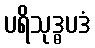
ပရိသုဒ္ဓပဒံ